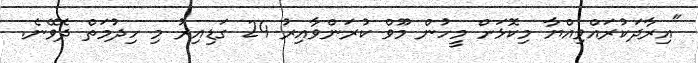
"އިރާދަކުރައްވިއްޔާ މިކޮޅަށް މީހުން މޫވް ކުރަންވާއިރު 24 ގަޑިއިރު މި ހިދުމަތް ދެވޭނެ.